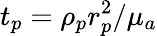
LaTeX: t_{p}=\rho_{p}r_{p}^{2}/\mu_{a}